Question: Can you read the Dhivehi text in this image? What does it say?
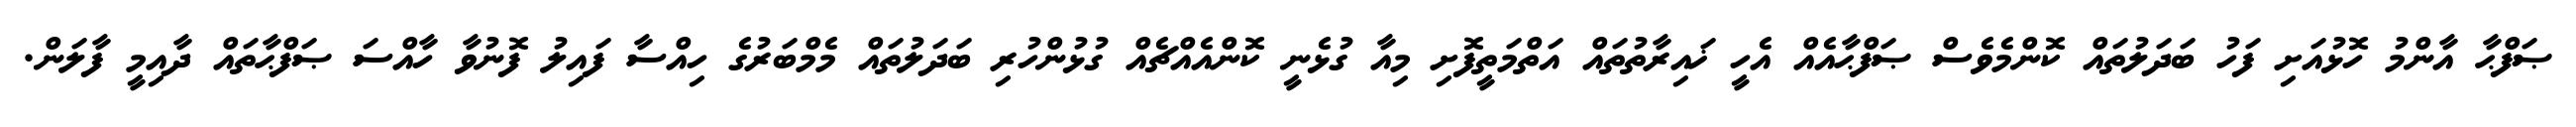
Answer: ޞަފްޙާ އާންމު ހޮޅުއަށި ފަހު ބަދަލުތައް ކޮންމެވެސް ޞަފްޙާއެއް އެހީ ޚައިރާތުތައް އަތްމަތީފޮށި މިއާ ގުޅެނީ ކޮންއެއްޗެއް ގުޅުންހުރި ބަދަލުތައް މެމްބަރުގެ ހިއްސާ ފައިލު ފޮނުވާ ހާއްސަ ޞަފްޙާތައް ދާއިމީ ފާލަން.